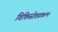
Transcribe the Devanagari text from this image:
विकिस्रोतप्रकल्प